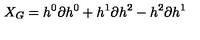
X _ { G } = h ^ { 0 } \partial { h ^ { 0 } } + h ^ { 1 } \partial { h ^ { 2 } } - h ^ { 2 } \partial { h ^ { 1 } }